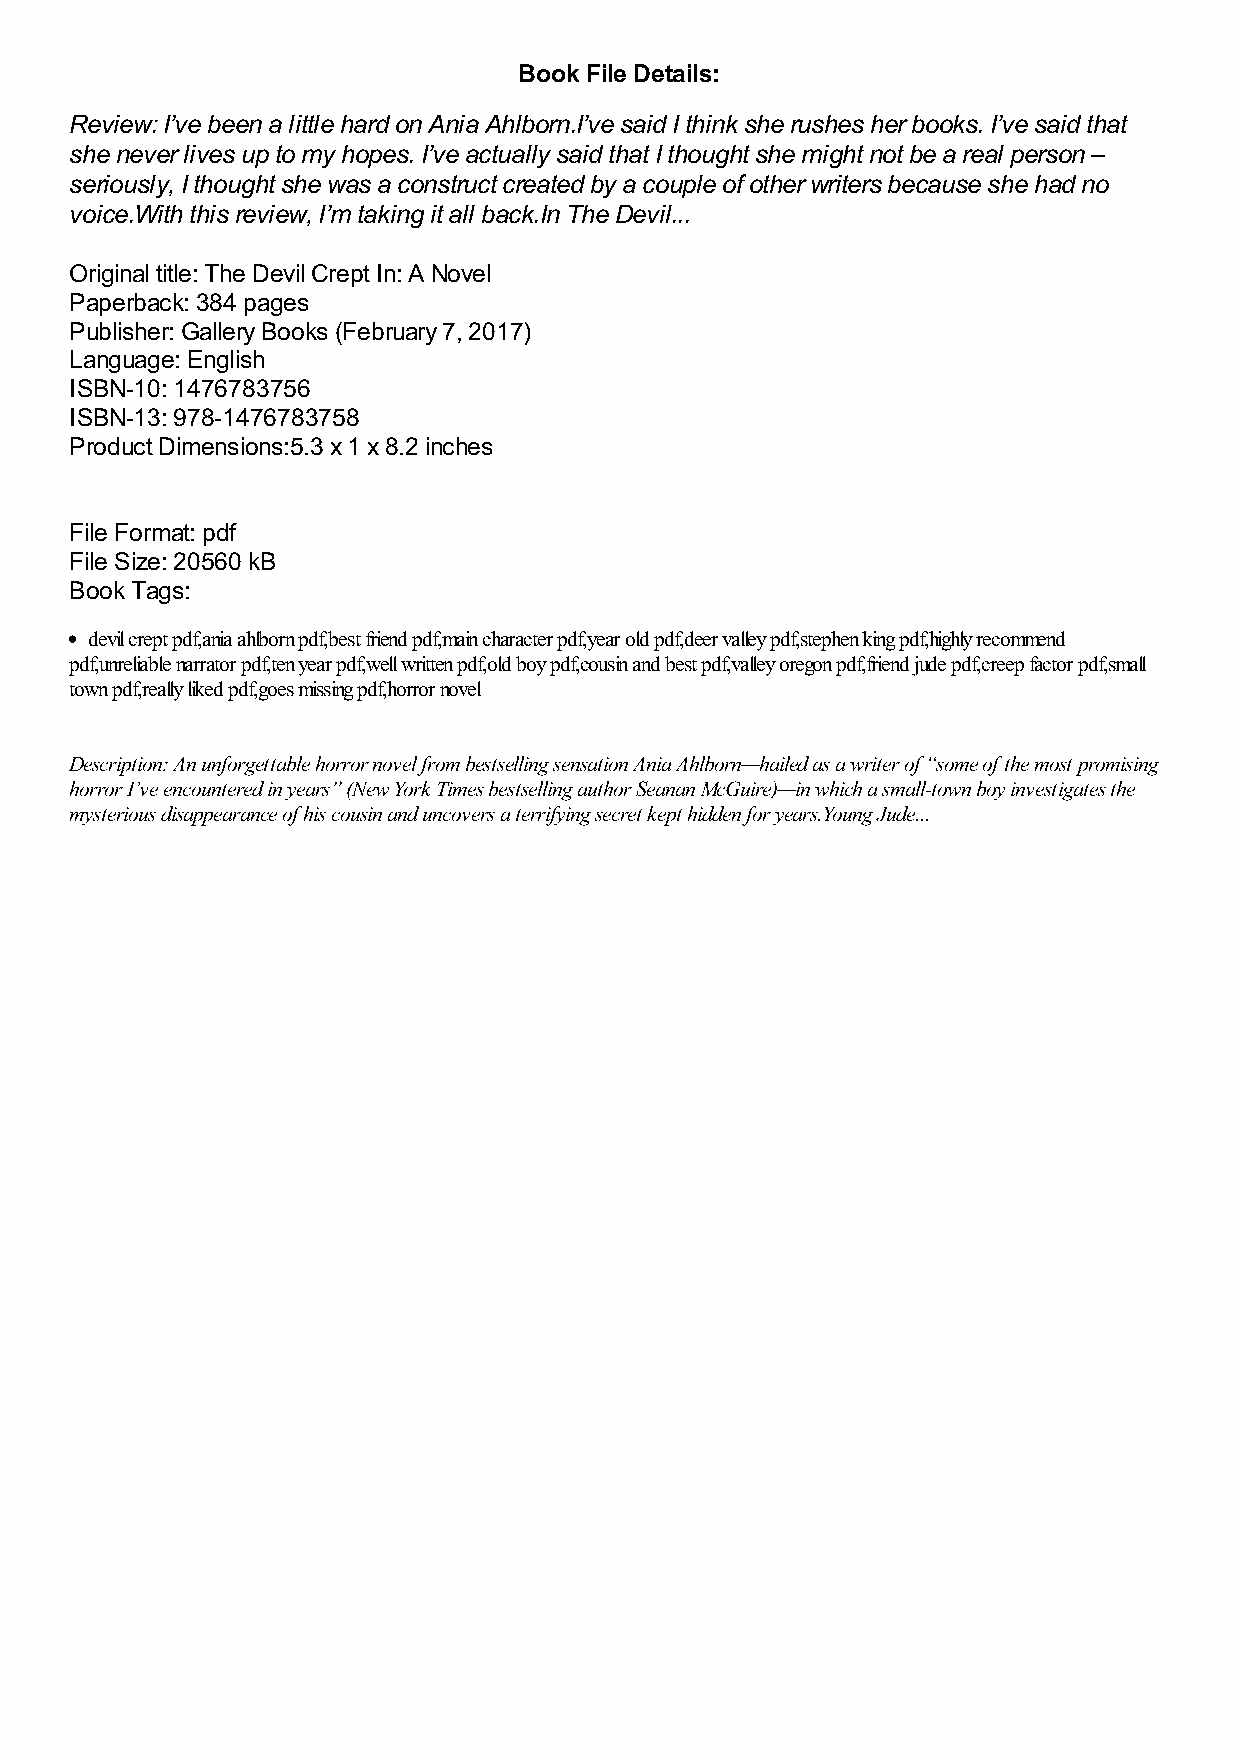
Book File Details:
 Review: I’ve been a little hard on Ania Ahlborn.I’ve said I think she rushes her books. I’ve said that
 she never lives up to my hopes. I’ve actually said that I thought she might not be a real person –
 seriously, I thought she was a construct created by a couple of other writers because she had no
 voice.With this review, I’m taking it all back.In The Devil...
 Original title: The Devil Crept In: A Novel
 Paperback: 384 pages
 Publisher: Gallery Books (February 7, 2017)
 Language: English
 ISBN-10: 1476783756
 ISBN-13: 978-1476783758
 Product Dimensions:5.3 x 1 x 8.2 inches
 File Format: pdf
 File Size: 20560 kB
 Book Tags:
 devil crept pdf,ania ahlborn pdf,best friend pdf,main character pdf,year old pdf,deer valley pdf,stephen king pdf,highly recommend
 pdf,unreliable narrator pdf,ten year pdf,well written pdf,old boy pdf,cousin and best pdf,valley oregon pdf,friend jude pdf,creep factor pdf,small
 town pdf,really liked pdf,goes missing pdf,horror novel
 Description: An unforgettable horror novel from bestselling sensation Ania Ahlborn—hailed as a writer of “some of the most promising
 horror I’ve encountered in years” (New York Times bestselling author Seanan McGuire)—in which a small-town boy investigates the
 mysterious disappearance of his cousin and uncovers a terrifying secret kept hidden for years.Young Jude...